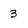
Character: 3